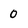
Character: 0